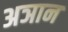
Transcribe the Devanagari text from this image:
अञान